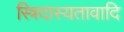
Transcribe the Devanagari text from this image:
स्त्रिदास्यतावादि